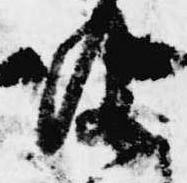
及